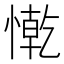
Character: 𢠥